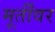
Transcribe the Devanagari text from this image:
मूर्तींवर